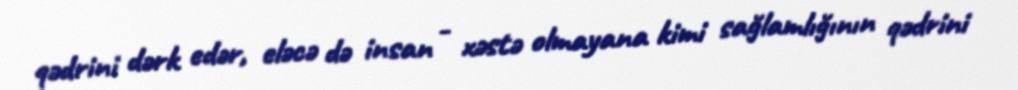
qədrini dərk edər, eləcə də insan - xəstə olmayana kimi sağlamlığının qədrini